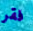
فقر